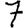
Digit: 7